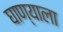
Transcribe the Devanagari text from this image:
घाण्याला